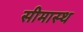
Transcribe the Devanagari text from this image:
सीमास्थ